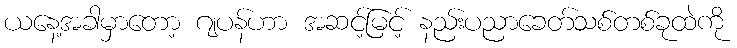
ယနေ့အခါမှာတော့ ဂျပန်ဟာ အဆင့်မြင့် နည်းပညာခေတ်သစ်တစ်ခုထဲကို